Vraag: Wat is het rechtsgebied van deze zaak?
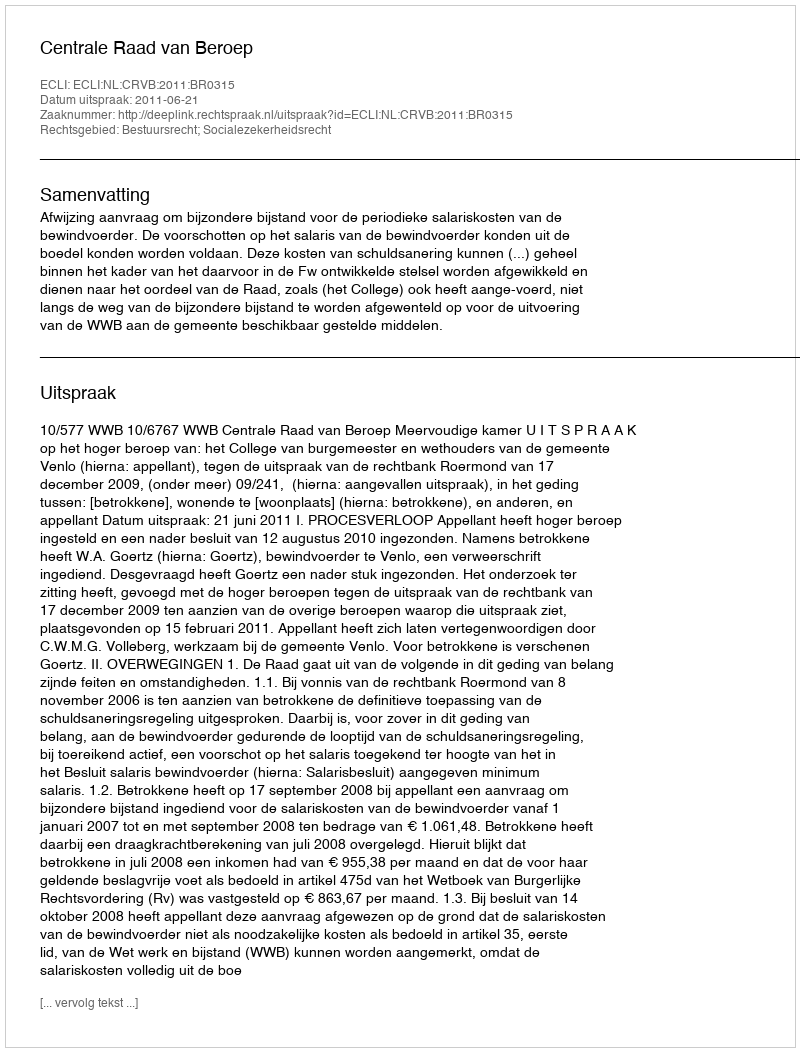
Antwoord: Bestuursrecht; Socialezekerheidsrecht